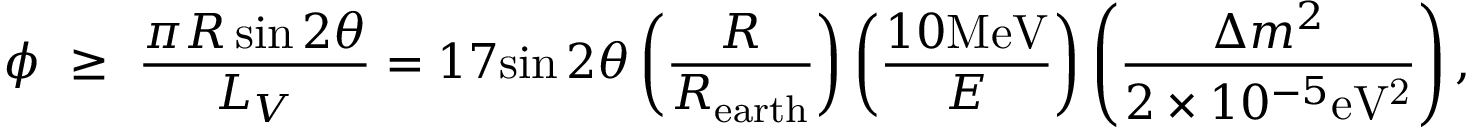
\phi ~ \geq ~ { \frac { \pi R \sin 2 \theta } { L _ { V } } } = 1 7 { \sin 2 \theta } \left( { \frac { R } { R _ { \mathrm { e a r t h } } } } \right) \left( { \frac { 1 0 \mathrm { M e V } } { E } } \right) \left( { \frac { \Delta m ^ { 2 } } { 2 \times 1 0 ^ { - 5 } \mathrm { e V ^ { 2 } } } } \right) ,